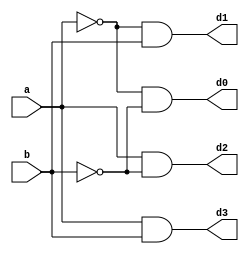
`timescale 1ns / 1ps

module de2to4(
input a,b,
output d0, d1, d2, d3
);
    
    assign d0 = ~a & ~b;
    assign d1 = ~a & b;
    assign d2 = a & ~b;
    assign d3 = a & b;
             
endmodule